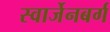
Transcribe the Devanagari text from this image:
स्वार्जेनबर्ग